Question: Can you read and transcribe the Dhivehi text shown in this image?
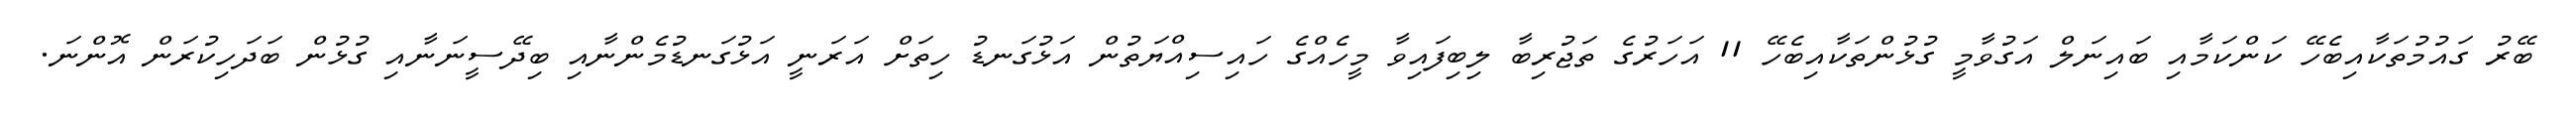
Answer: ބޭރު ގައުމުތަކާއިބެހޭ ކަންކަމާއި ބައިނަލް އަގުވާމީ ގުޅުންތަކާއިބެހޭ 11 އަހަރުގެ ތަޖުރިބާ ލިބިފައިވާ މީހެއްގެ ހައިސިއްޔަތުން އަޅުގަނޑު ހިތަށް އަރަނީ އަޅުގަނޑުމެންނާއި ބިދޭސީނަނާއި ގުޅުން ބަދަހިކުރަން އޮންނަ.